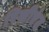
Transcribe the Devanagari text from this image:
रिसीएंट